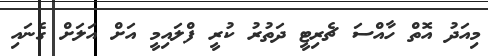
މިއަދު އޮތް ހާއްސަ ޗެރިޓީ ދަތުރު ކުރީ ފްލައިމީ އަށް އަލަށް ގެނައި